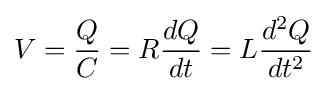
V={\frac {Q}{C}}=R{\frac {dQ}{dt}}=L{\frac {d^{2}Q}{dt^{2}}}